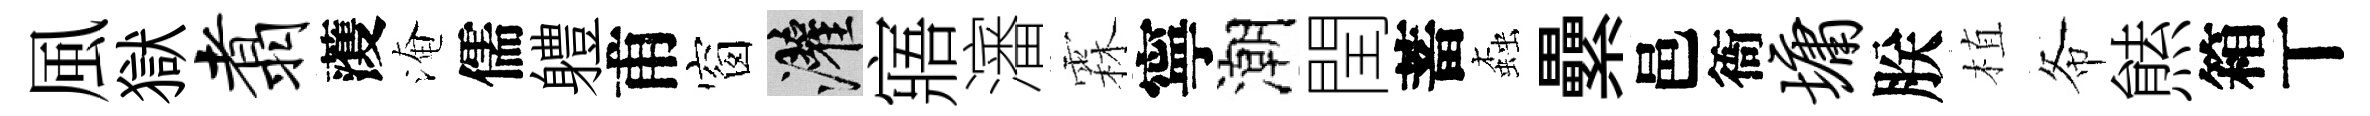
風獄翥𮑮淹儒軆甫窗灌寤瀋霖寧潮閏蓄螙纍邑衙墉朕植𢁙㷱箱丅